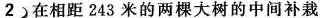
2 在相距243米的两棵大树的中间补栽